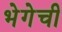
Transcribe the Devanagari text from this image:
भेगेची